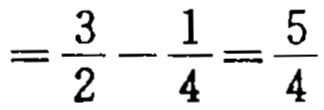
$=\frac{3}{2}-\frac{1}{4}=\frac{5}{4}$